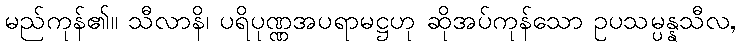
မည်ကုန်၏။ သီလာနိ၊ ပရိပုဏ္ဏအပရာမဋ္ဌဟု ဆိုအပ်ကုန်သော ဥပသမ္ပန္နသီလ,